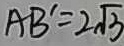
A B ^ { \prime } = 2 \sqrt { 3 }